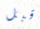
قبل